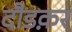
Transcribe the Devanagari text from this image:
दौडक़र